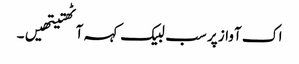
اک آواز پر سب لبیک کہہ آٹھتیتھیں۔